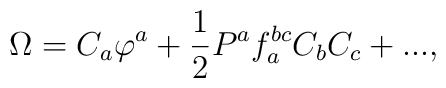
\Omega  = C_a \varphi ^a  + \frac{1}{2}P^a f_a^{bc} C_b C_c +...,